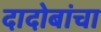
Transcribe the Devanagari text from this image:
दादोबांचा